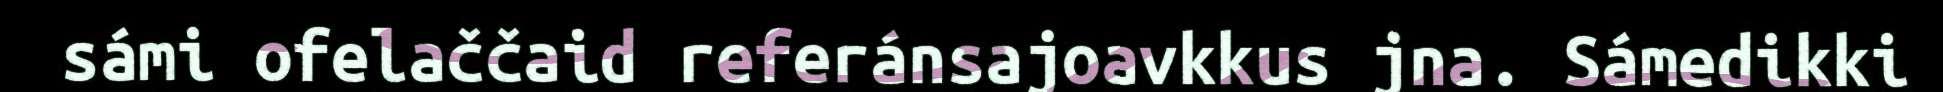
sámi ofelaččaid referánsajoavkkus jna. Sámedikki